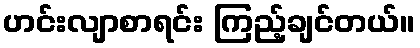
ဟင်းလျာစာရင်း ကြည့်ချင်တယ်။